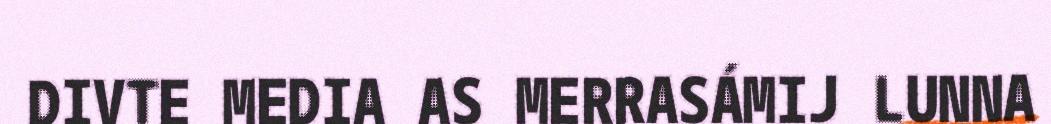
DIVTE MEDIA AS MERRASÁMIJ LUNNA